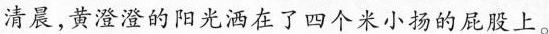
清晨，黄澄澄的阳光洒在了四个米小扬的屁股上